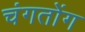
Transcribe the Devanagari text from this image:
चंगतोंग